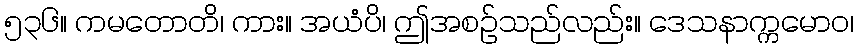
၅၃၆။ ကမတောတိ၊ ကား။ အယံပိ၊ ဤအစဉ်သည်လည်း။ ဒေသနာက္ကမောဝ၊